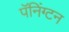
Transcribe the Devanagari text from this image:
पॅनिंग्टन